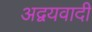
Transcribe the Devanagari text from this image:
अद्वयवादी